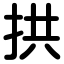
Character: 拱